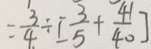
= \frac { 3 } { 4 } \div [ \frac { 3 } { 5 } + \frac { 4 1 } { 4 0 } ]